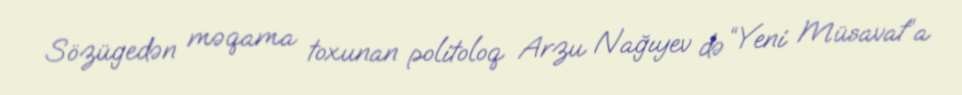
Sözügedən məqama toxunan politoloq Arzu Nağıyev də “Yeni Müsavat”a